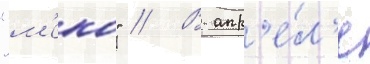
"м'еко" // В апр'е́л'е